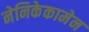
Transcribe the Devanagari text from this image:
नेनिकेकामेन